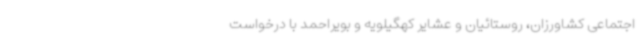
اجتماعی کشاورزان، روستائیان و عشایر کهگیلویه و بویراحمد با درخواست